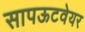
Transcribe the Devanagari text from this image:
सापऊटवेयर